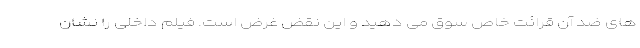
های ضد آن قرائت خاص سوق می دهید و این نقض غرض است. فیلم داخلی را نشان